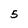
Character: 5